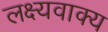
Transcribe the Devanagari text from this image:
लक्ष्यवाक्य